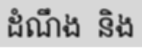
ដំណឹង  និង